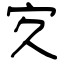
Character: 㝌